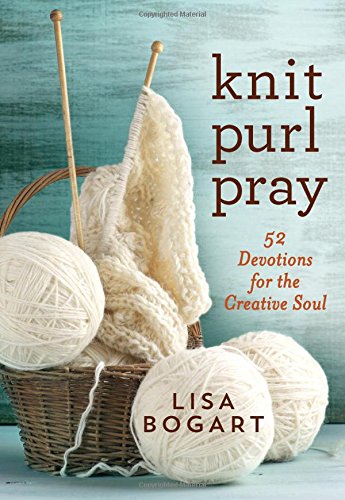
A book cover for Knit, Purl, Pray: 52 Devotions for the Creative Soul; Lisa Bogart; Crafts, Hobbies & Home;